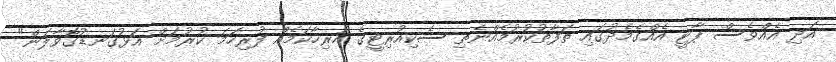
އަދި އެއްވެސް ޕާޓީ އެއްގެމެދުގައި ތަފާތުކުރުމެއްނެތި ސެކިއުރިޓީގެ ހުރިހާކަމެއް ފުރިހަމަ ކުރުމަށް އަޅުގަނޑުގޮވާލަން"